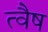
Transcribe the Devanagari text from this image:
त्वैष